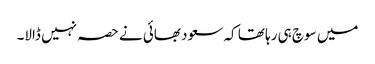
میں سوچ ہی رہا تھا کہ سعود بھائی نے حصہ نہیں ڈالا۔